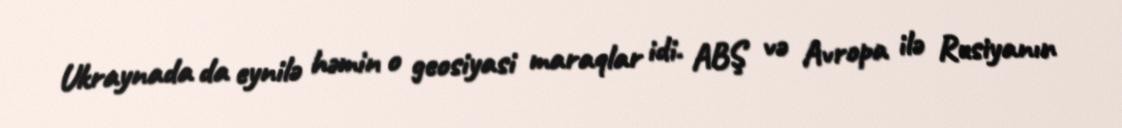
Ukraynada da eynilə həmin o geosiyasi maraqlar idi. ABŞ və Avropa ilə Rusiyanın